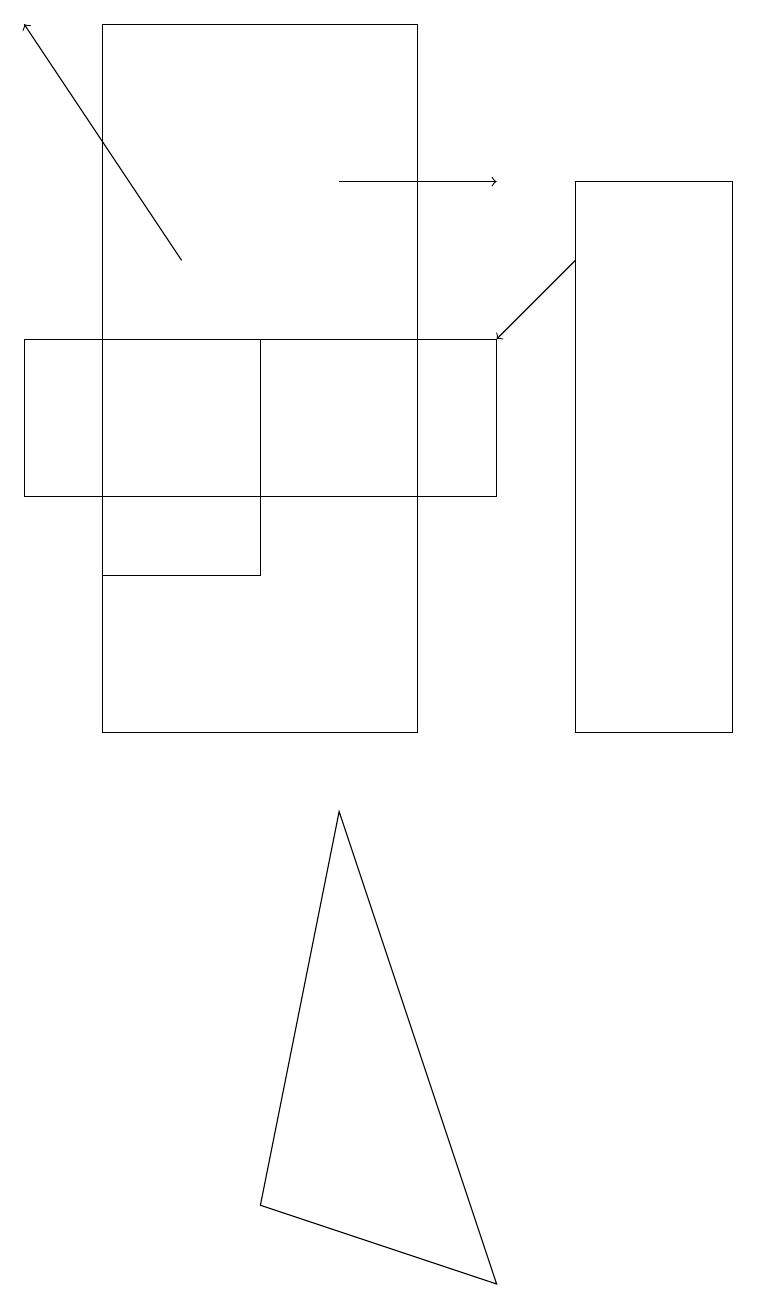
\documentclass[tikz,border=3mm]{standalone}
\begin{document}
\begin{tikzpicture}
\draw (0,13) rectangle (6,15);
\draw (5,10) rectangle (1,19);
\draw[->] (2,16) -- (0,19);
\draw (1,15) rectangle (3,12);
\draw[->] (4,17) -- (6,17);
\draw[->] (7,16) -- (6,15);
\draw (6,3) -- (3,4) -- (4,9) -- cycle;
\draw (9,17) rectangle (7,10);
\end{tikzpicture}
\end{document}